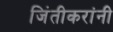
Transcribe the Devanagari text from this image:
जिंतीकरांनी